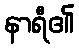
နာရီ၏